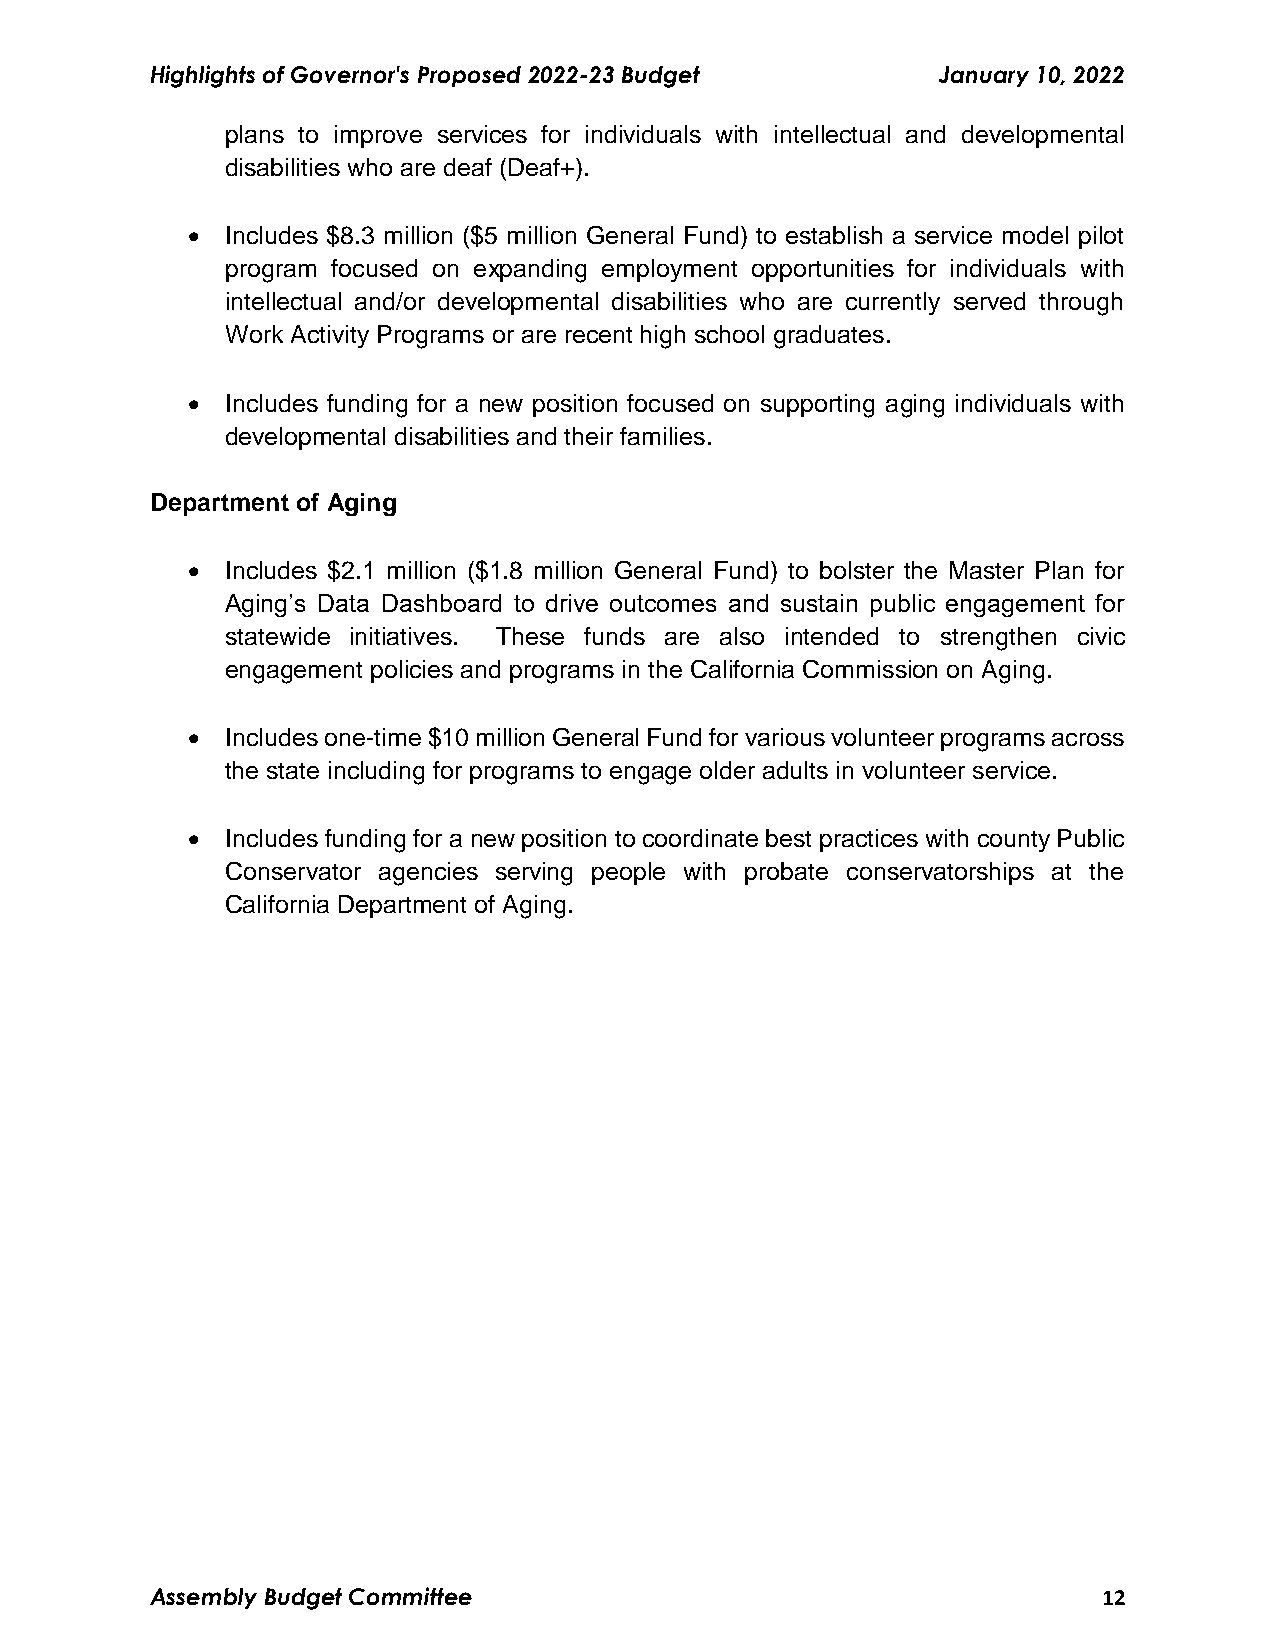
Highlights of Governor's Proposed 2022-23 Budget    January 10, 2022
 plans to improve services for individuals with intellectual and developmental
 disabilities who are deaf (Deaf+).
   Includes $8.3 million ($5 million General Fund) to establish a service model pilot
 program focused on expanding employment opportunities for individuals with
 intellectual and/or developmental disabilities who are currently served through
 Work Activity Programs or are recent high school graduates.
   Includes funding for a new position focused on supporting aging individuals with
 developmental disabilities and their families.
 Department of Aging
   Includes $2.1 million ($1.8 million General Fund) to bolster the Master Plan for
 Aging’s Data Dashboard to drive outcomes and sustain public engagement for
 statewide initiatives. These funds are also intended to strengthen civic
 engagement policies and programs in the California Commission on Aging.
   Includes one-time $10 million General Fund for various volunteer programs across
 the state including for programs to engage older adults in volunteer service.
   Includes funding for a new position to coordinate best practices with county Public
 Conservator agencies serving people with probate conservatorships at the
 California Department of Aging.
 Assembly Budget Committee                                      12